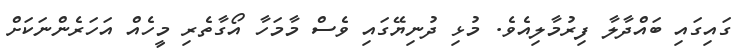
ގައިގައި ބައްދާލާ ފިރުމާލިއެވެ. މުޅި ދުނިޔޭގައި ވެސް މާމަހާ އޯގާތެރި މީހެއް އަހަރެންނަކަށް